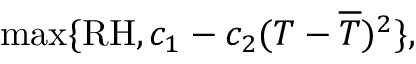
\operatorname* { m a x } \{ \mathrm { R H } , c _ { 1 } - c _ { 2 } ( T - \overline { { T } } ) ^ { 2 } \} ,